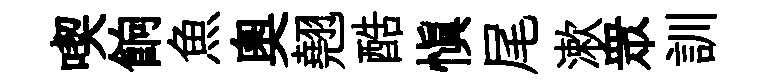
喫餉魚奥翹酷慎尾漱衆訓